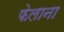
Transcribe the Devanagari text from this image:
फेलाना